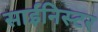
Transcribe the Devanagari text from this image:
साईनिस्टर